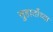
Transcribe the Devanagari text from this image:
सुहार्तोच्या